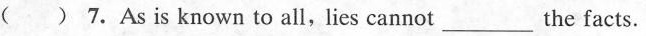
( ) 7.As is known to all, lies cannot ___ the facts.